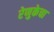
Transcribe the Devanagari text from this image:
रेणुकेचा